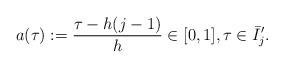
LaTeX: \begin{align*}\begin{aligned}a(\tau):=\frac{\tau-h(j-1)}{h}\in [0,1], \tau \in\bar{I}_j'.\end{aligned}\end{align*}